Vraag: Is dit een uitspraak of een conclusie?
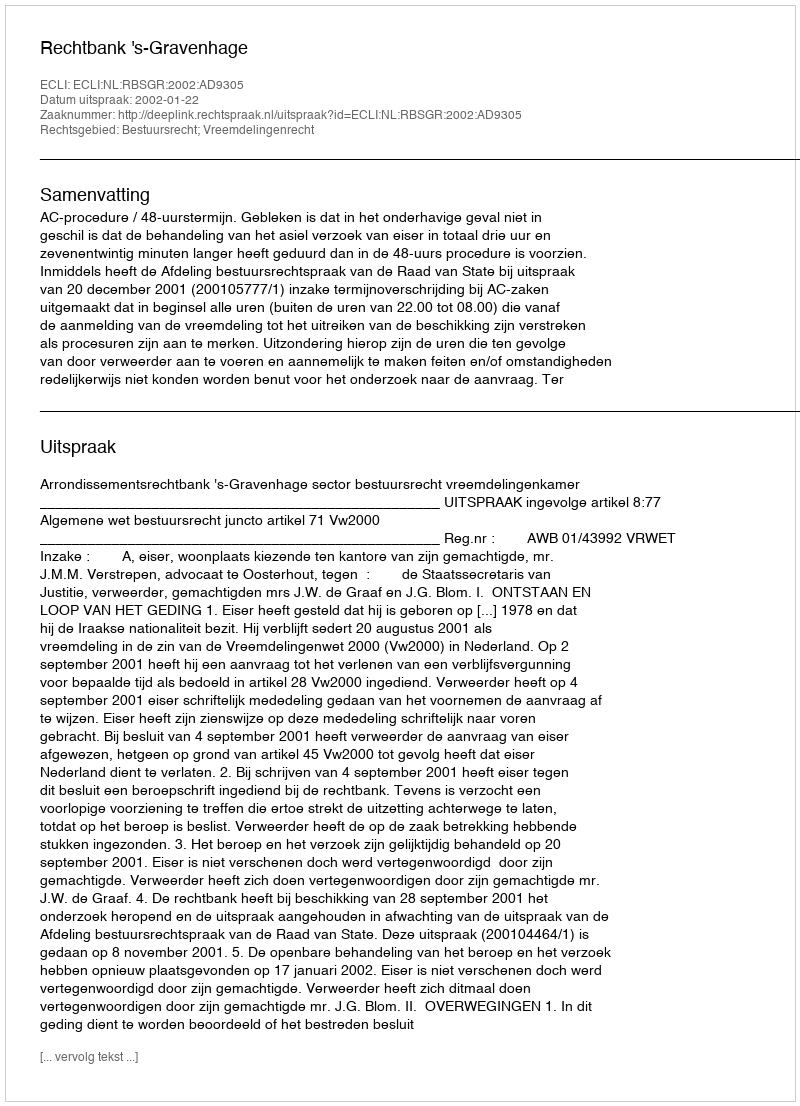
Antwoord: Uitspraak